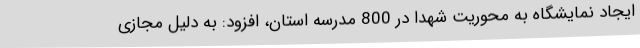
ایجاد نمایشگاه به محوریت شهدا در 800 مدرسه استان، افزود: به دلیل مجازی